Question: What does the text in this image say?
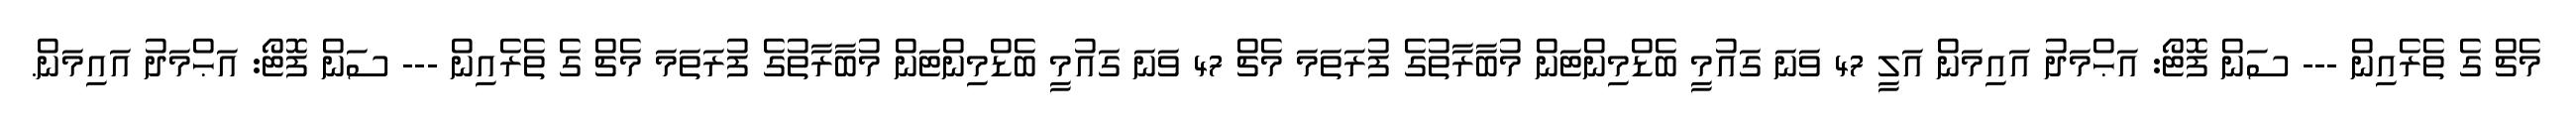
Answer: މެޗް ގެ ތެރެއިން --- ސަން ފޮޓޯ: އަޙްމަދު އައިމަން އަލީ 47 ވަނަ ގައުމީ ބެޑްމިންޓަން މުބާރާތުގެ ފުރަތަމަ މެޗް 47 ވަނަ ގައުމީ ބެޑްމިންޓަން މުބާރާތުގެ ފުރަތަމަ މެޗް ގެ ތެރެއިން --- ސަން ފޮޓޯ: އަޙްމަދު އައިމަން.